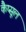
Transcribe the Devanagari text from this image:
कैप्‍सूल